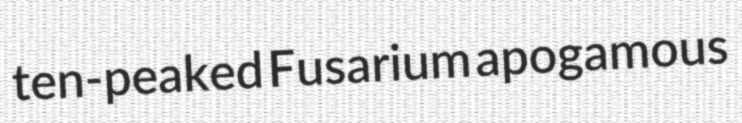
ten-peaked Fusarium apogamous